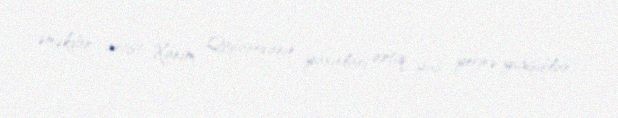
əməkdar artist Xanım Qafarovanın yaxınları artıq yas yerinə yığışıblar.